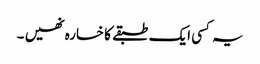
یہ کسی ایک طبقے کا خسارہ نھیں ۔